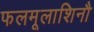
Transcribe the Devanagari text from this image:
फलमूलाशिनौ